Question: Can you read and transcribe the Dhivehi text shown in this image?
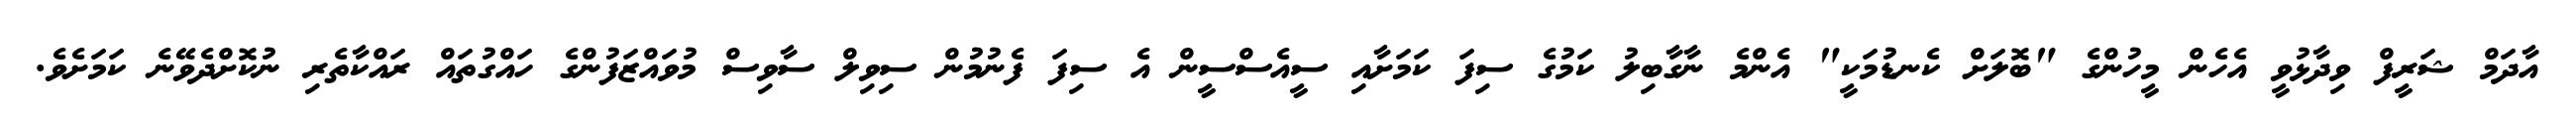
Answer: އާދަމް ޝަރީފް ވިދާޅުވީ އެހެން މީހުންގެ "ބޮލަށް ކެނޑުމަކީ" އެންމެ ނާގާބިލު ކަމުގެ ސިފަ ކަމަށާއި ސީއެސްސީން އެ ސިފަ ފެނުމުން ސިވިލް ސާވިސް މުވައްޒަފުންގެ ހައްގުތައް ރައްކާތެރި ނުކޮށްދެވޭނެ ކަމަށެވެ.